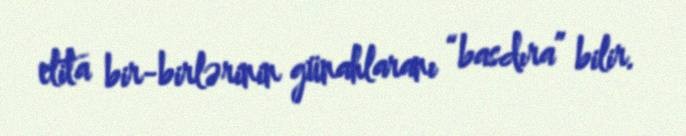
elita bir-birlərinin günahlaranı “basdıra” bilir.